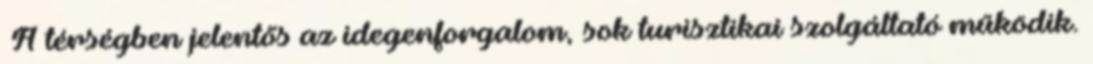
▪A térségben jelentős az idegenforgalom, sok turisztikai szolgáltató működik.